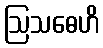
ဩသဓေဟိ